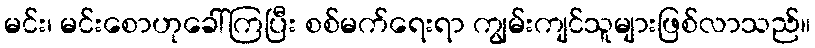
မင်း၊ မင်းစောဟုခေါ်ကြပြီး စစ်မက်ရေးရာ ကျွမ်းကျင်သူများဖြစ်လာသည်။